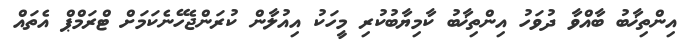
އިންތިޚާބު ބާއްވާ ދުވަހު އިންތިޚާބު ކާމިޔާބުކުރި މީހަކު އިއުލާން ކުރަންޖެހޭނެކަމަށް ޓްރަމްޕް އެތައް